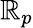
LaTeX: \mathbb{R}_{p}